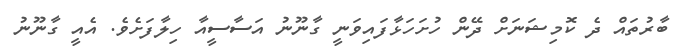
ބާރުތައް ދެ ކޮމިޝަނަށް ދޭން ހުށަހަޅާފައިވަނީ ގާނޫނު އަސާސީއާ ހިލާފަށެވެ. އެއީ ގާނޫނު